Leaving Certificate Examination, 1914
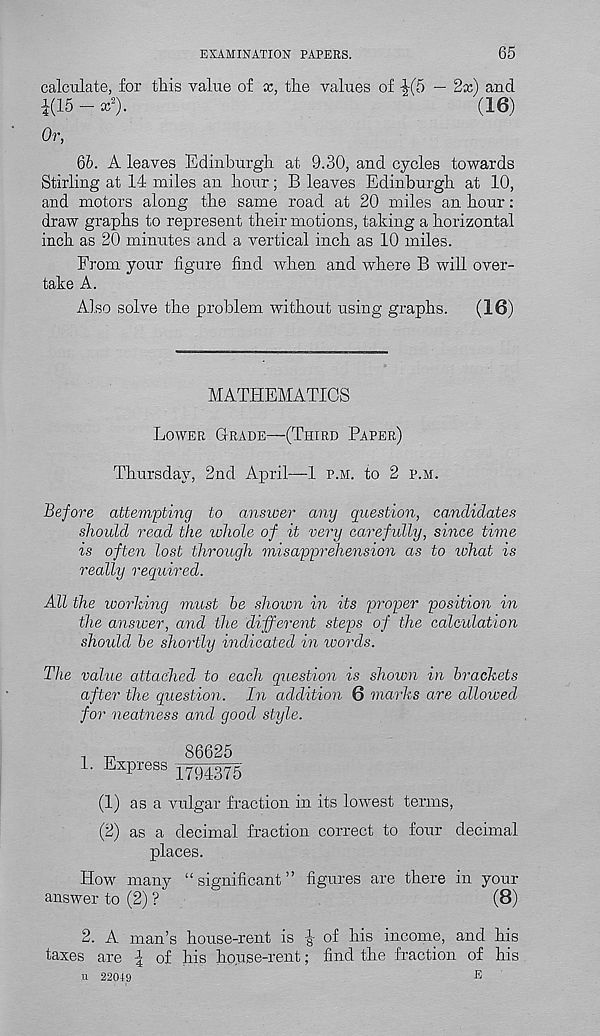
EXAMINATION PAPERS.
65
calculate, for tills value of x, tlie values of
— 2x) and
i(15 - x 2 ).
(16)
Or,
6h. A leaves Edinburgli at 9.30, and cycles towards
Stirling at 14 miles an hour; B leaves Edinburgh, at 10,
and motors along the same road at 20 miles an hour:
draw graphs to represent their motions, taking a horizontal
inch as 20 minutes and a vertical inch as 10 miles.
From your figure find when and where B will over-
take A.
Also solve the problem without using graphs.
(16)
MATHEMATICS
Lower Grade—(Third Paper)
Thursday, 2nd April—1 p.m. to 2 p.m.
Before attempting to answer any question, candidates
should read the whole of it very carefully, since time
is often lost through misapprehension as to what is
really required.
All the working must he shown in its proper position in
the answer, and the different steps of the calculation
should he shortly indicated in words.
The value attached to each question is shown in brackets
after the question. In addition 6 marks are allowed
for neatness and good style.
i it
86625
1. Expiess 2794375
(1) as a vulgar fraction in its lowest terms,
(2) as a decimal fraction correct to four decimal
places.
How many “significant” figures are there in your
answer to (2) ?
(8)
2. A man’s house-rent is £ of his income, and his
taxes are ^ of his house-rent; find the fraction of his
H 22049
E